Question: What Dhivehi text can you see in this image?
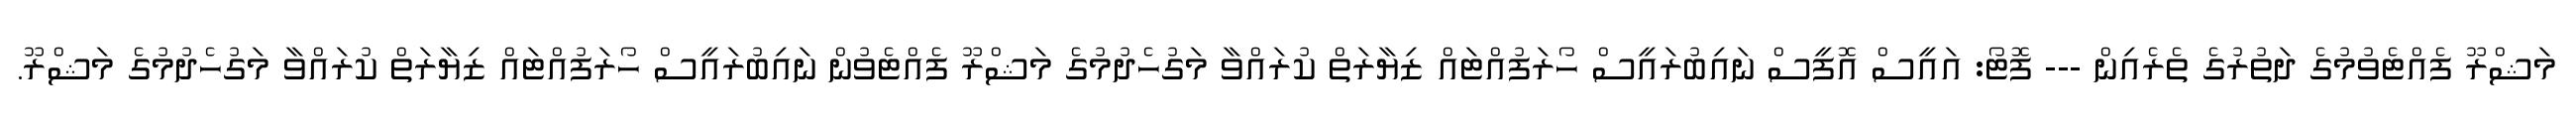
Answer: މަޝްރޫ ފެއްޓެވުމުގެ ދަތުރުގެ ތެރެއިން --- ފޮޓޯ: އައީސް އޮފީސް ނައިބުރައީސް ހޯރަފުއްޓައް ޒިޔާރަތް ކުރައްވާ މަގުހެދުމުގެ މަޝްރޫ ފެއްޓެވުން ނައިބުރައީސް ހޯރަފުއްޓައް ޒިޔާރަތް ކުރައްވާ މަގުހެދުމުގެ މަޝްރޫ.